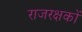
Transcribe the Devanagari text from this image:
राजरक्षकों